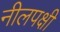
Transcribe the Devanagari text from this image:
नीलपक्षी